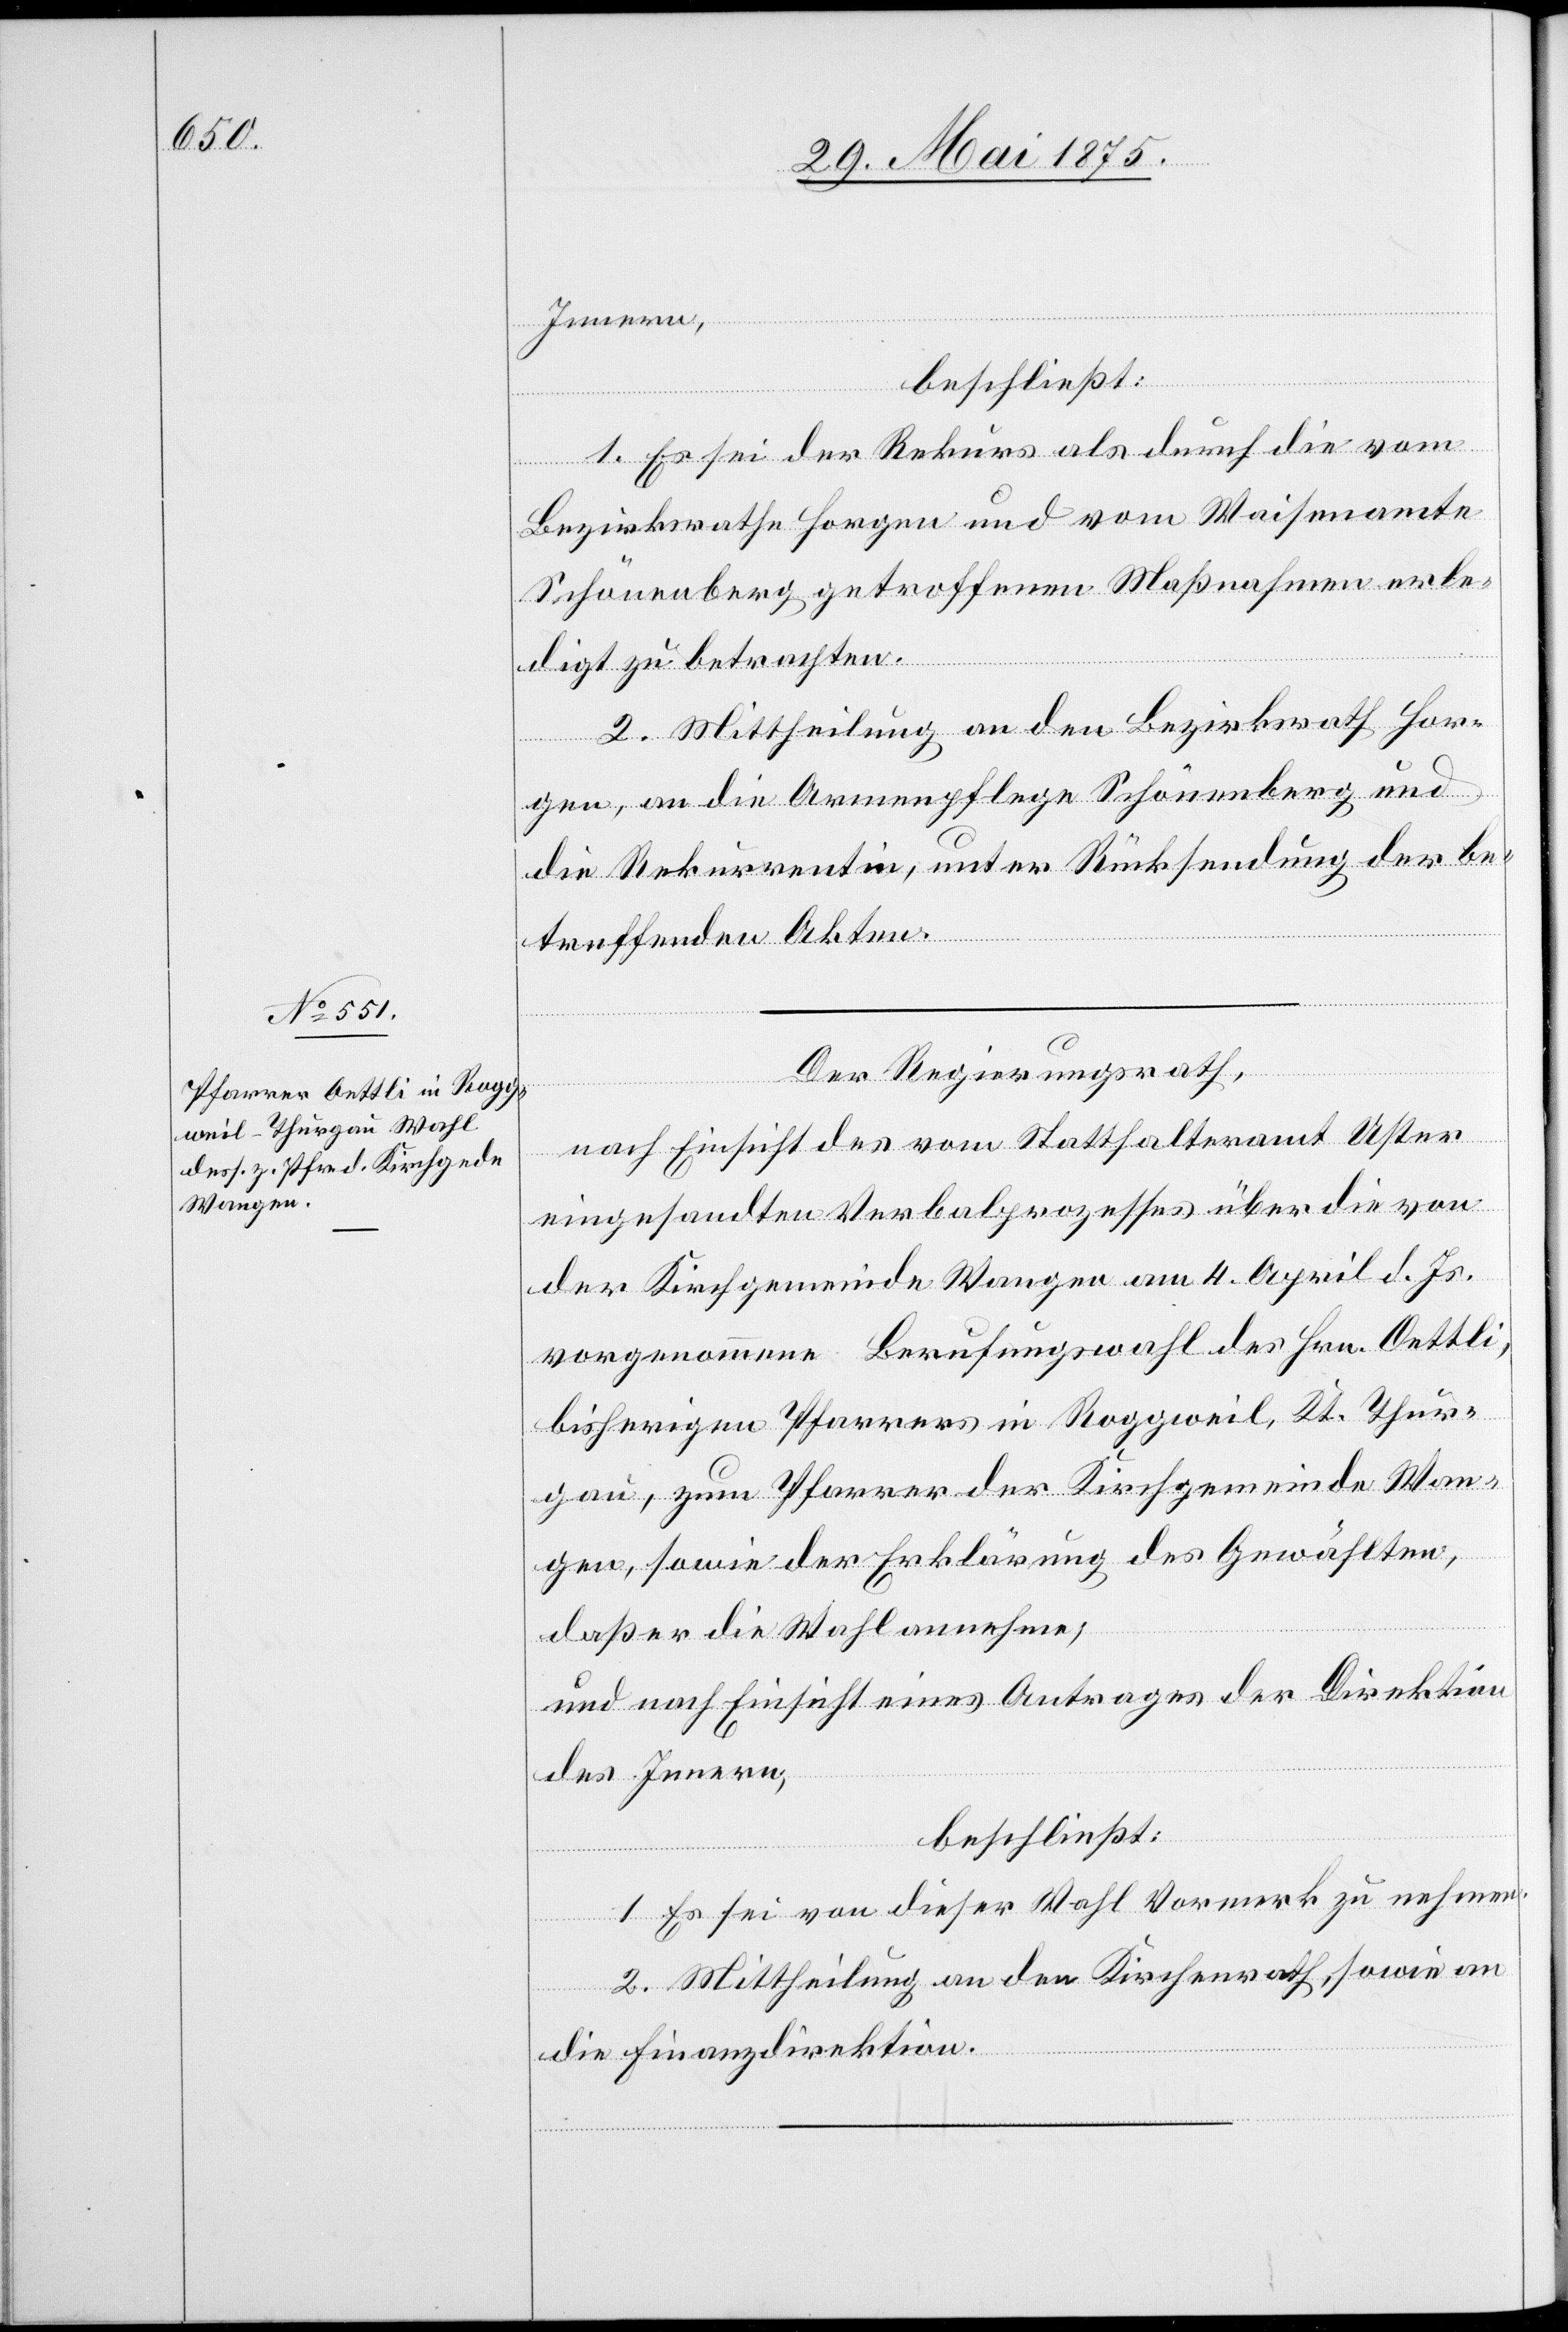
Innern,
beschließt:
1. Es sei der Rekurs als durch die vom
Bezirksrathe Horgen und vom Waisenamte
Schönenberg getroffenen Maßnahmen erle¬
digt zu betrachten.
2. Mittheilung an den Bezirksrath Hor¬
gen, an die Armenpflege Schönenberg und
die Rekurrentin, unter Rücksendung der be¬
treffenden Akten.
Der Regierungsrath,
nach Einsicht des vom Statthalteramt Uster
eingesandten Verbalprozesses über die von
der Kirchgemeinde Wangen am 4. April d. Js.
vorgenommene Berufungswahl des Hrn. Oettli,
bisherigen Pfarrers in Roggweil, Kt. Thur¬
gau, zum Pfarrer der Kirchgemeinde Wan¬
gen, sowie der Erklärung des Gewählten,
daß er die Wahl annehme,
und nach Einsicht eines Antrages der Direktion
des Innern,
beschließt:
1. Es sei von dieser Wahl Vormerk zu nehmen.
2. Mittheilung an den Kirchenrath, sowie an
die Finanzdirektion.